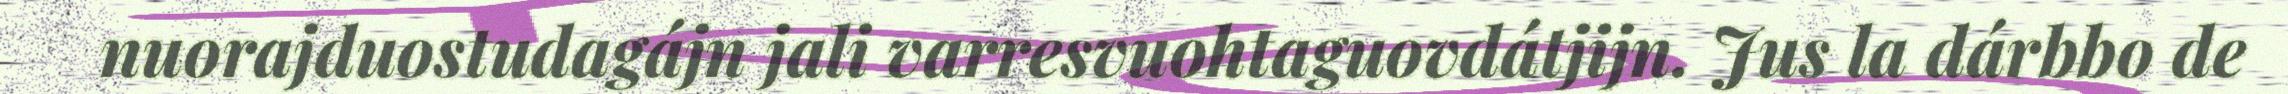
nuorajduostudagájn jali varresvuohtaguovdátjijn. Jus la dárbbo de